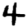
Digit: 4